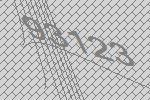
93123